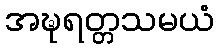
အဍ္ဎရတ္တသမယံ